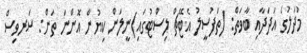
މުދަލުގެ އަދަދާއި ބާވަތް: (ތަފުސީލު އެޓޭޗް ލިސްޓުގައި)ނީލަން ކިޔުން އޮންނަ ތަން: ސަރވިސް